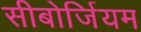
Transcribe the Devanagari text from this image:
सीबोर्जियम